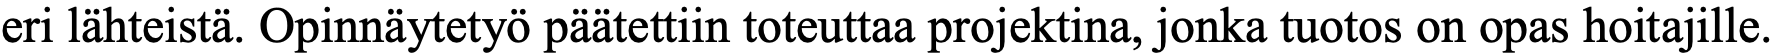
eri lähteistä. Opinnäytetyö päätettiin toteuttaa projektina, jonka tuotos on opas hoitajille.